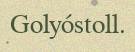
Golyóstoll.